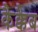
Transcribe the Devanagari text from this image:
कैक्कैब